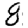
Digit: 8